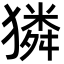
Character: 獜